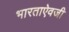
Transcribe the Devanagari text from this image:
भारताऐवजी